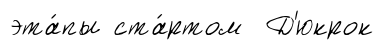
эта́пы ста́ртом Д'юкрок